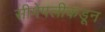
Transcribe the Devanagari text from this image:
सीमेपलीकडून